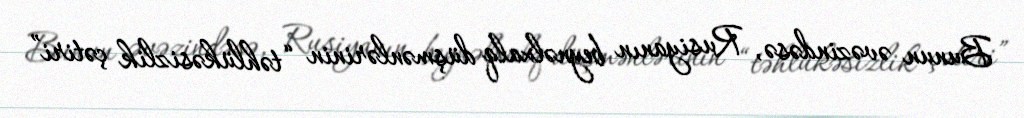
Bunun əvəzindəsə, Rusiyanın beynəlxalq düşmənlərinin “təhlükəsizlik çətiri”